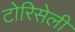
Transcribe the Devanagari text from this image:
टोरिसेली